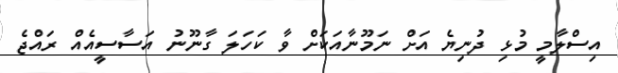
އިސްލާމީ މުޅި ދުނިޔެ އަށް ނަމޫނާއަކަށް ވާ ކަހަލަ ގާނޫނު އަސާސީއެއް ރައްޖެ